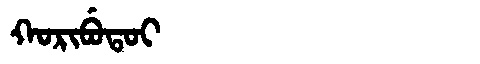
Manchu: ᡴᠣᡵᡳᠪᡠᡨᠣᡳ
Romanization: KORIBUTOI